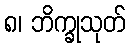
၈၊ ဘိက္ခုသုတ်